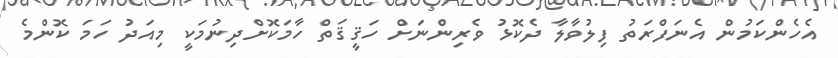
އެހެންކަމުން އެނަފްރަތު ފިލުވާލާ ދެކޮޅު ވެރިންނަށް ހަޤީޤަތް ހާމަކޮށްދިނުމަކީ މިއަދު ހަމަ ކޮންމެ